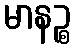
မာနဉ္စ